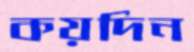
কয়দিন